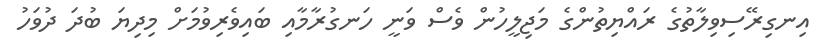
އިނގިރޭސިވިލާތުގެ ރައްޔިތުންގެ މަޖިލީހުން ވެސް ވަނީ ހަނގުރާމާއި ބައިވެރިވުމަށް މިދިޔަ ބުދަ ދުވަހު